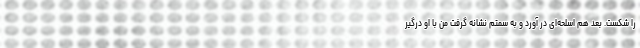
را شکست. بعد هم اسلحه‌ای در آورد و به سمتم نشانه گرفت من با او درگیر